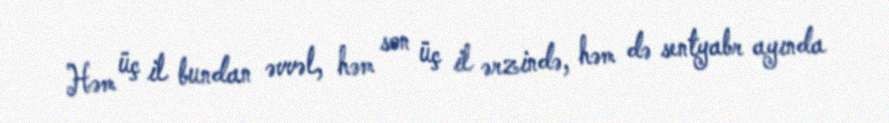
Həm üç il bundan əvvəl, həm son üç il ərzində, həm də sentyabr ayında